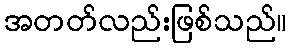
အတတ်လည်းဖြစ်သည်။